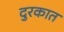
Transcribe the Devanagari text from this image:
दुरकात